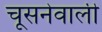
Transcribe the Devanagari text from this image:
चूसनेवाली